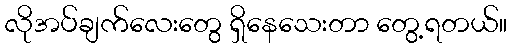
လိုအပ်ချက်လေးတွေ ရှိနေသေးတာ တွေ့ရတယ်။